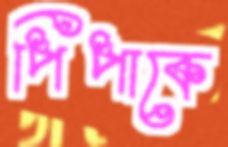
পিপাকে